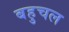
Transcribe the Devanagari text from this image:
बहुचल